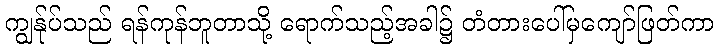
ကျွန်ုပ်သည် ရန်ကုန်ဘူတာသို့ ရောက်သည့်အခါ၌ တံတားပေါ်မှကျော်ဖြတ်ကာ